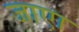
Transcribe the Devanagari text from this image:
जाएा